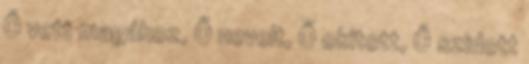
Ő vett magához, Ő nevelt, Ő okított, Ő szidott